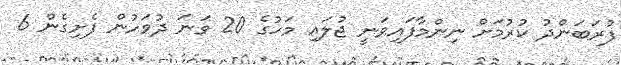
ފުރަބަންދު ކުރުމަށް ނިންމާފައިވަނީ ޖުލައި މަހުގެ 20 ވަނަ ދުވަހުން ފެށިގެން 6